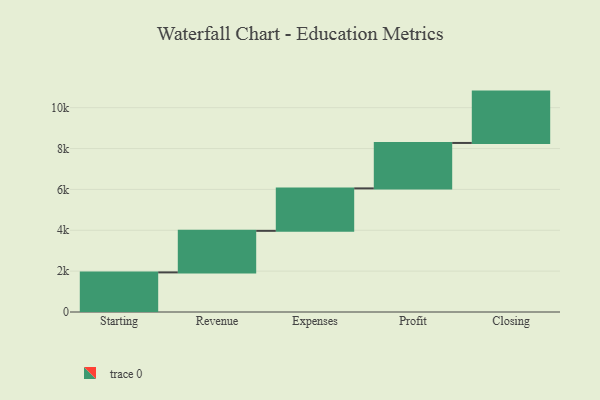
{"axis": {"x": "Step", "y": "Value"}, "legend": [""], "data": [{"x": "Starting", "y": 1938.0, "type": ""}, {"x": "Revenue", "y": 2034.0, "type": ""}, {"x": "Expenses", "y": 2078.0, "type": ""}, {"x": "Profit", "y": 2224.0, "type": ""}, {"x": "Closing", "y": 2513.0, "type": ""}]}